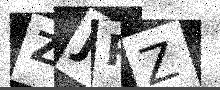
Text: ZJPZ